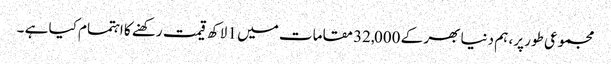
مجموعی طور پر، ہم دنیا بھر کے 32,000 مقامات میں 1 لاکھ قیمت رکھنے کا اہتمام کیا ہے ۔